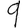
Digit: 9